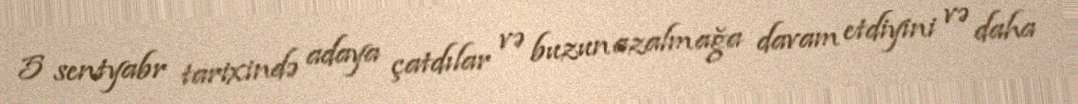
5 sentyabr tarixində adaya çatdılar və buzun azalmağa davam etdiyini və daha